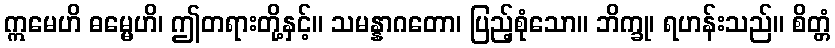
ဣမေဟိ ဓမ္မေဟိ၊ ဤတရားတို့နှင့်။ သမန္နာဂတော၊ ပြည့်စုံသော။ ဘိက္ခု၊ ရဟန်းသည်။ စိတ္တံ